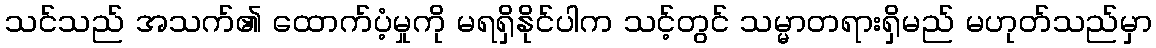
သင်သည် အသက်၏ ထောက်ပံ့မှုကို မရရှိနိုင်ပါက သင့်တွင် သမ္မာတရားရှိမည် မဟုတ်သည်မှာ